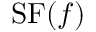
\operatorname { S F } ( f )